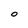
Character: O